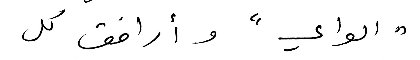
" الواي" وأرافق كل